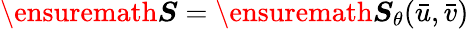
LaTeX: \ensuremath{\boldsymbol{S}}=\ensuremath{\boldsymbol{S}}_{\theta}(\bar{u},\bar{v})